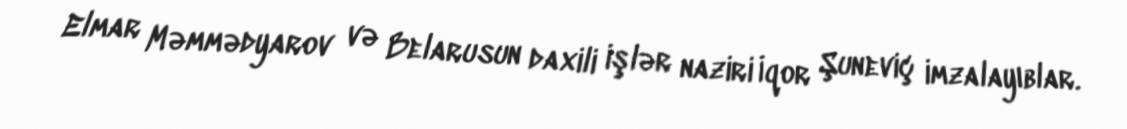
Elmar Məmmədyarov və Belarusun daxili işlər naziri İqor Şuneviç imzalayıblar.